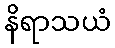
နိရာသယံ